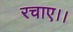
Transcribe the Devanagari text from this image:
रचाए।।